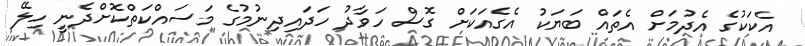
އެކަކުގެ އެދުމަށް އެތައް ބަޔަކު އެގެއަކަށް ގޮސް ހަވާދު ހަދައިދިނުމުގެ މަސައްކަތްކޮށްދެނީ ހިލޭ